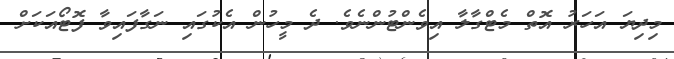
މިދިޔަ އަހަރު އޮތް މެޓްގާލާ އިވެންޓުންނެވެ. ދެ މީހުން އެކުގައި ނަގާފައިވާ ފޮޓޯއަކަށް